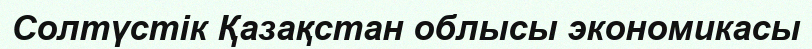
Солтүстік Қазақстан облысы экономикасы